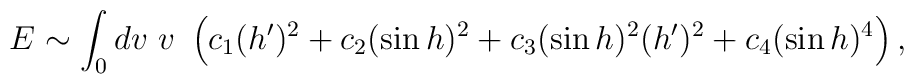
E \sim \int_0 dv ~v~ \left( c_1 ( h^\prime)^2  + c_2 (\sin h)^2 +c_3 (\sin h)^2 (h^\prime)^2  + c_4 (\sin h)^4 \right) ,